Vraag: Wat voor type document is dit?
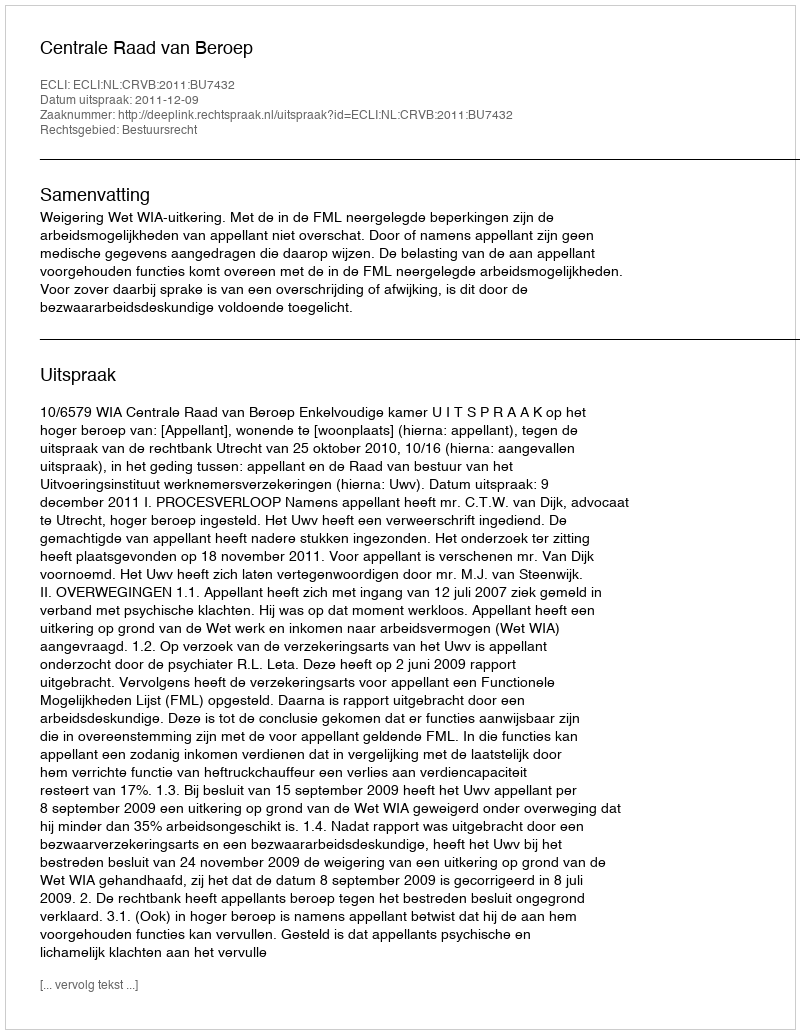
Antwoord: Uitspraak